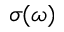
\sigma ( \omega )